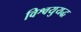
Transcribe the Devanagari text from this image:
विश्वयुयद्ध